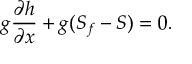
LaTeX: g { \frac { \partial h } { \partial x } } + g ( S _ { f } - S ) = 0 .